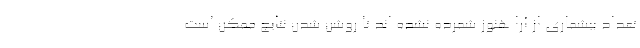
تعداد بیشماری از آرا هنوز شمرده نشده اند تا روشن شدن نتایج ممکن است